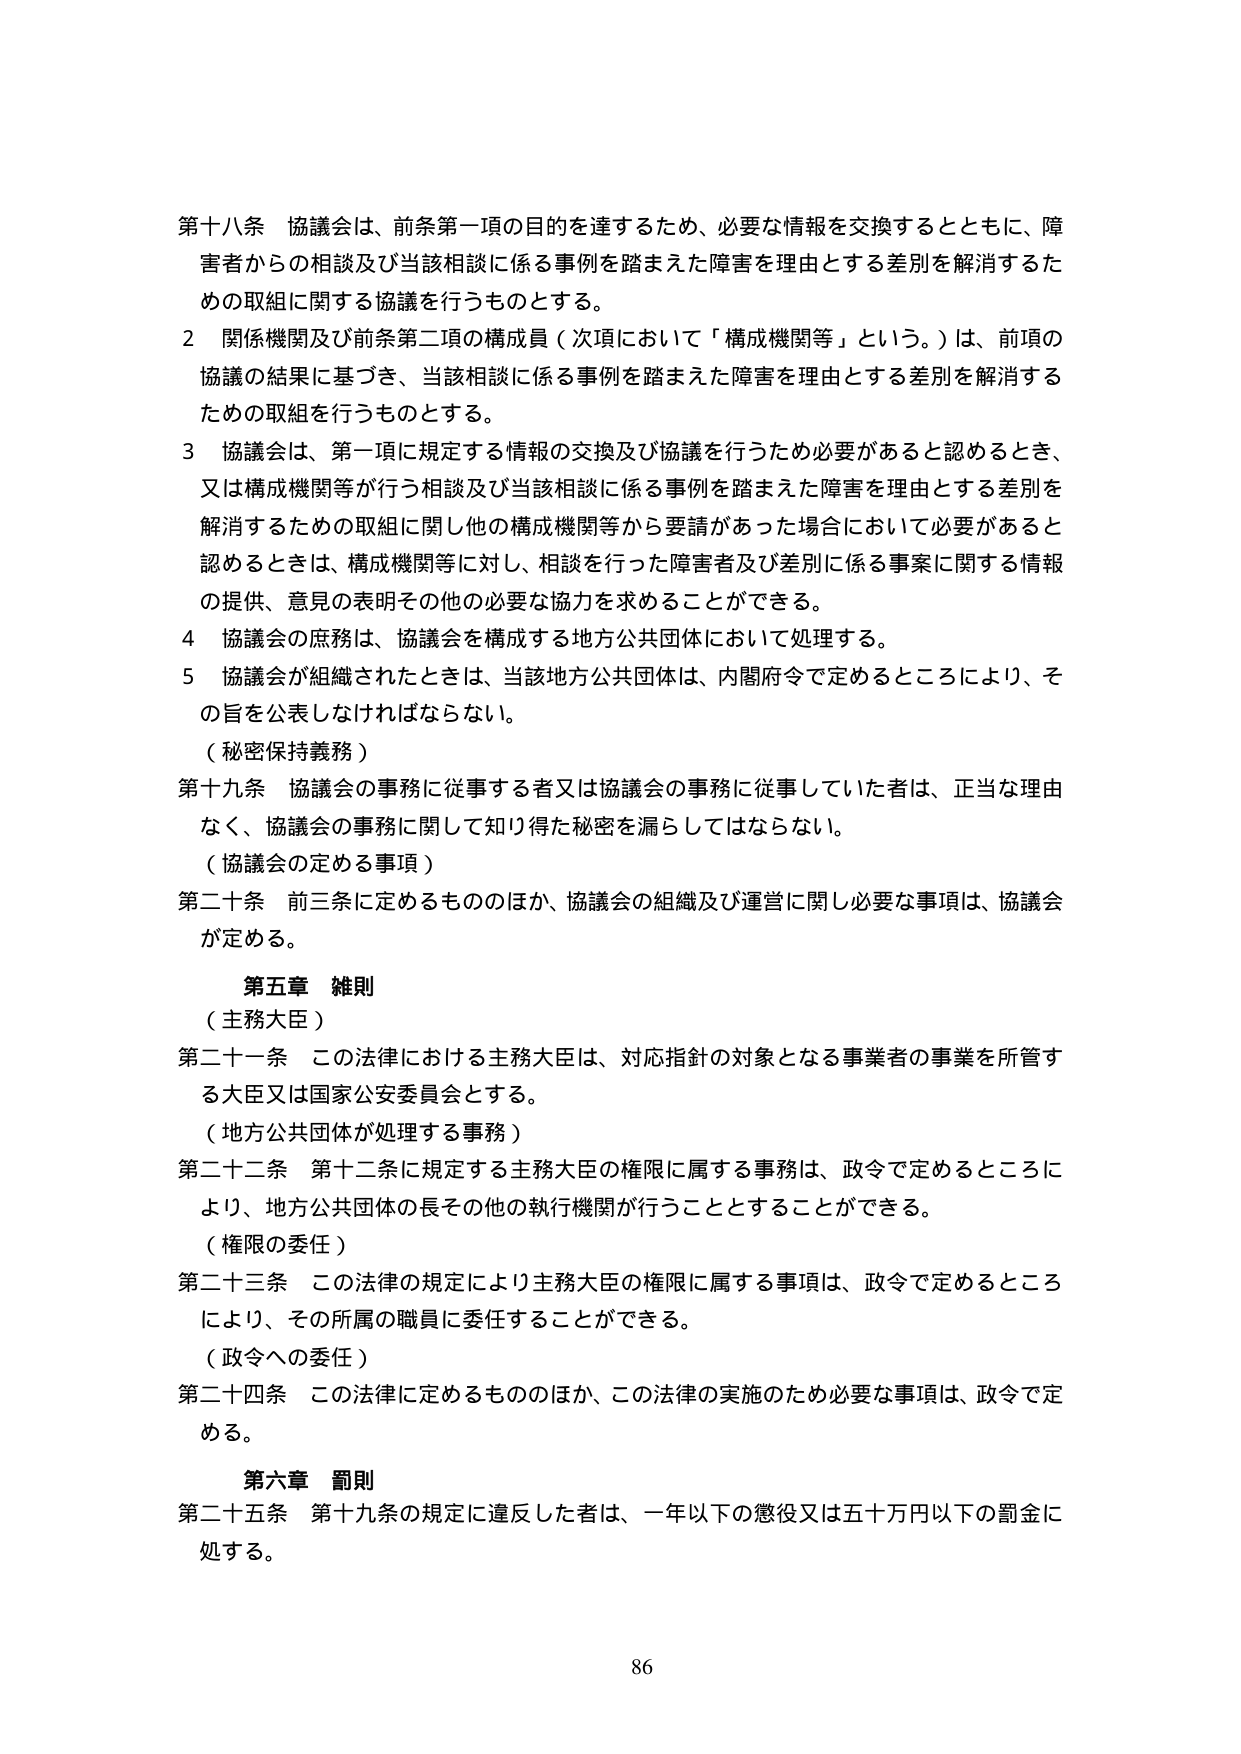
第十八条 協議会は、前条第一項の目的を達するため、必要な情報を交換するとともに、障害者からの相談及び当該相談に係る事例を踏まえた障害を理由とする差別を解消するための取組に関する協議を行うものとする。

2 関係機関及び前条第二項の構成員（次項において「構成機関等」という。）は、前項の協議の結果に基づき、当該相談に係る事例を踏まえた障害を理由とする差別を解消するための取組を行うものとする。

3 協議会は、第一項に規定する情報の交換及び協議を行うため必要があると認めるとき、又は構成機関等が行う相談及び当該相談に係る事例を踏まえた障害を理由とする差別を解消するための取組に関し他の構成機関等から要請があった場合において必要があると認めるときは、構成機関等に対し、相談を行った障害者及び差別に係る事案に関する情報の提供、意見の表明その他の必要な協力を求めることができる。

4 協議会の庶務は、協議会を構成する地方公共団体において処理する。

5 協議会が組織されたときは、当該地方公共団体は、内閣府令で定めるところにより、その旨を公表しなければならない。

（秘密保持義務）

第十九条 協議会の事務に従事する者又は協議会の事務に従事していた者は、正当な理由なく、協議会の事務に関して知り得た秘密を漏らしてはならない。

（協議会の定める事項）

第二十条 前三条に定めるもののほか、協議会の組織及び運営に関し必要な事項は、協議会が定める。

第五章 雑則

（主務大臣）

第二十一条 この法律における主務大臣は、対応指針の対象となる事業者の事業を所管する大臣又は国家公安委員会とする。

（地方公共団体が処理する事務）

第二十二条 第十二条に規定する主務大臣の権限に属する事務は、政令で定めるところにより、地方公共団体の長その他の執行機関が行うこととすることができる。

（権限の委任）

第二十三条 この法律の規定により主務大臣の権限に属する事項は、政令で定めるところにより、その所属の職員に委任することができる。

（政令への委任）

第二十四条 この法律に定めるもののほか、この法律の実施のため必要な事項は、政令で定める。

第六章 罰則

第二十五条 第十九条の規定に違反した者は、一年以下の懲役又は五十万円以下の罰金に処する。

86